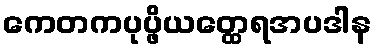
ကေတကပုပ္ဖိယတ္ထေရအပဒါန